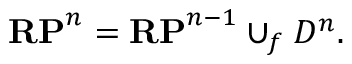
\mathbf { R P } ^ { n } = \mathbf { R P } ^ { n - 1 } \cup _ { f } D ^ { n } .